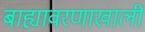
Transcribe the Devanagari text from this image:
बाह्यावरणाखाली